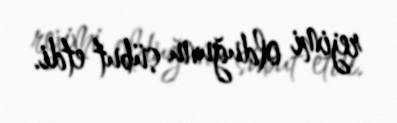
rejimi olduğunu sübut etdi.